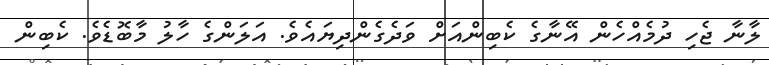
ލާނާ ޖެހި ދުމެއްހެން އޭނާގެ ކެބިންއަށް ވަދެގެންދިޔައެވެ. އަލަންގެ ހާލު މާބޮޑެވެ. ކެބިން